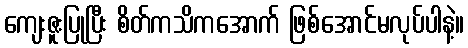
ကျေးဇူးပြုပြီး စိတ်ကသိကအောက် ဖြစ်အောင်မလုပ်ပါနဲ့။